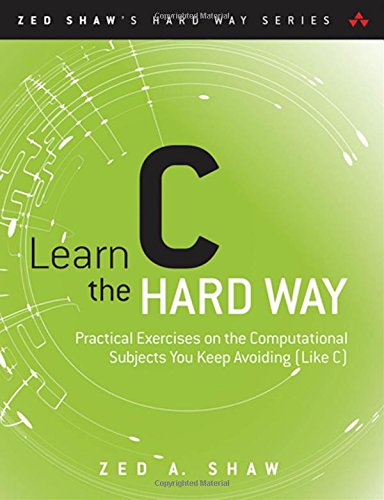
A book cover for Learn C the Hard Way: Practical Exercises on the Computational Subjects You Keep Avoiding (Like C) (Zed Shaw's Hard Way Series); Zed A. Shaw; Computers & Technology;